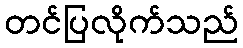
တင်ပြလိုက်သည်